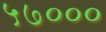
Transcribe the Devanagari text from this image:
५७०००